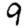
Digit: 9